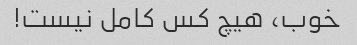
خوب، هیچ کس کامل نیست!